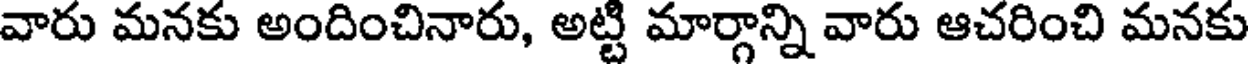
వారు మనకు అందించినారు, అట్టి మార్గాన్ని వారు ఆచరించి మనకు